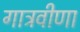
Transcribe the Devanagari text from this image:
गात्रवीणा